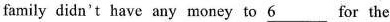
family didn't have any money to \underline{6 } for the